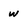
Character: w